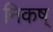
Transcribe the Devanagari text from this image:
निकष्